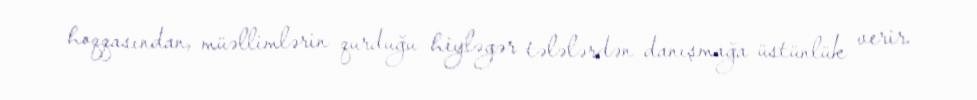
hoqqasından, müəllimlərin qurduğu hiyləgər tələlərdən danışmağa üstünlük verir.